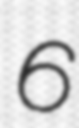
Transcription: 6